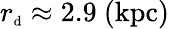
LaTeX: r_{\mathrm{{\scriptsize d}}}\approx 2.9~\mathrm{(kpc)}